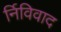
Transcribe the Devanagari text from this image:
र्निविवाद